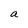
Character: a